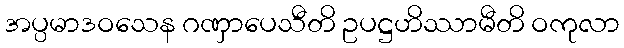
အပ္ပမာဒဝသေန ဂဏှာပေသီတိ ဥပဋ္ဌဟိဿာမီတိ ဝကုလာ